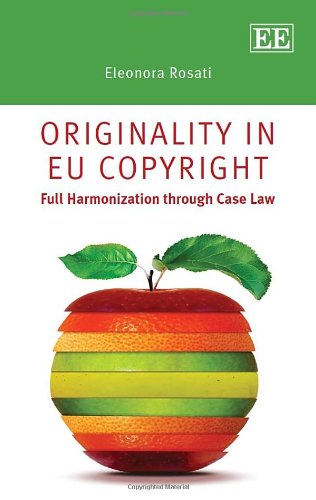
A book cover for Originality in EU Copyright: Full Harmonization through Case Law; Eleonora Rosati; Law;